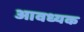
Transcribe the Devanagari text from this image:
आवध्यक